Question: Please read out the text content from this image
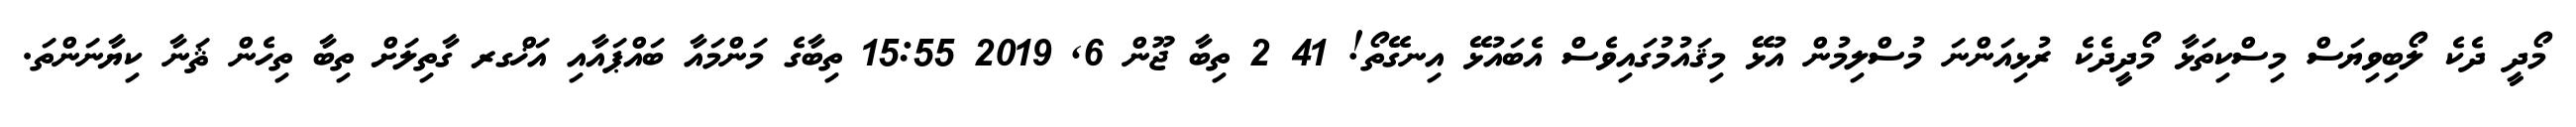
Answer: މޯދީ ދެކެ ލޯބިވިޔަސް މިސްކިތަޅާ މޯދީދެކެ ރުޅިއަންނަ މުސްލިމުން އުޅޭ މިޤައުމުގައިވެސް އެބައުޅޭ އިނގޭތޯ! 41 2 ތިބާ ޖޫން 6, 2019 15:55 ތިބާގެ މަންމައާ ބައްޕައާއި އަޚްގރ ގާތިލަށް ތިބާ ތިހެން ޘަނާ ކިޔާނަންތަ.